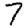
Digit: 7